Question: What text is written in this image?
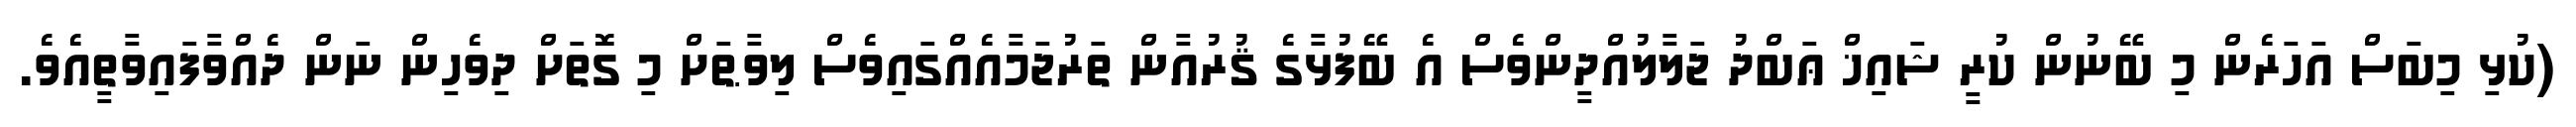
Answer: (ކުޅި މިބަސް އަހަރެން މި ބޭނުން ކުރީ ޝައިޚް ޢަބްދު ޖަލާލުއްދީންވެސް އެ ބޭފުޅާގެ ޤުރުއާން ތަރުޖަމާއެއްގައިވެސް ލިވާޠަށް މި ގޮތަށް ދިވެހިން ނަން ދެއްވާފައިވާތީއެވެ.